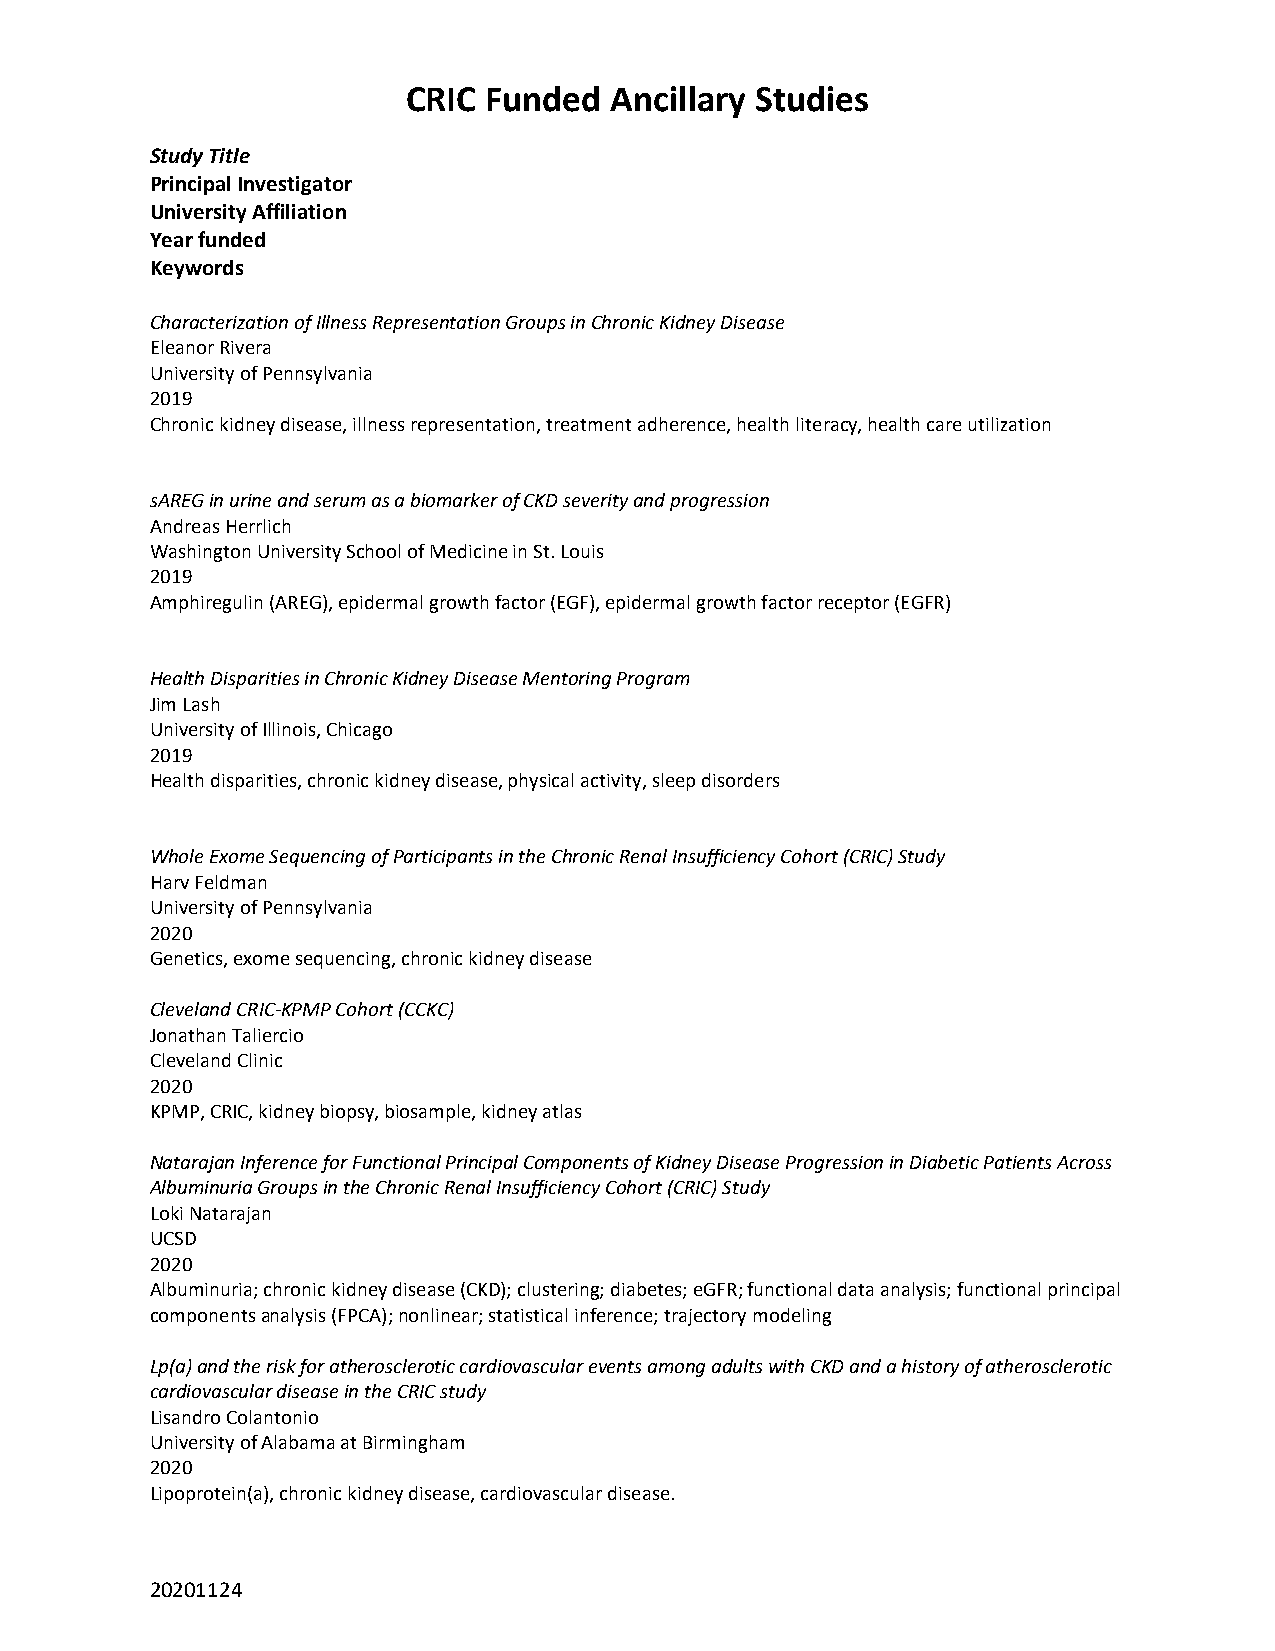
CRIC Funded  Ancillary Studies
 Study Title
 Principal Investigator
 University Affiliation
 Year funded
 Keywords
 Characterization of Illness Representation Groups in Chronic Kidney Disease
 Eleanor Rivera
 University of Pennsylvania
 2019
 Chronic kidney disease, illness representation, treatment adherence, health literacy, health care utilization
 sAREG in urine and serum as a biomarker of CKD severity and progression
 Andreas Herrlich
 Washington University School of Medicine in St. Louis
 2019
 Amphiregulin (AREG), epidermal growth factor (EGF), epidermal growth factor receptor (EGFR)
 Health Disparities in Chronic Kidney Disease Mentoring Program
 Jim Lash
 University of Illinois, Chicago
 2019
 Health disparities, chronic kidney disease, physical activity, sleep disorders
 Whole Exome Sequencing of Participants in the Chronic Renal Insufficiency Cohort (CRIC) Study
 Harv Feldman
 University of Pennsylvania
 2020
 Genetics, exome sequencing, chronic kidney disease
 Cleveland CRIC-KPMP Cohort (CCKC)
 Jonathan Taliercio
 Cleveland Clinic
 2020
 KPMP, CRIC, kidney biopsy, biosample, kidney atlas
 Natarajan Inference for Functional Principal Components of Kidney Disease Progression in Diabetic Patients Across
 Albuminuria Groups in the Chronic Renal Insufficiency Cohort (CRIC) Study
 Loki Natarajan
 UCSD
 2020
 Albuminuria; chronic kidney disease (CKD); clustering; diabetes; eGFR; functional data analysis; functional principal
 components analysis (FPCA); nonlinear; statistical inference; trajectory modeling
 Lp(a) and the risk for atherosclerotic cardiovascular events among adults with CKD and a history of atherosclerotic
 cardiovascular disease in the CRIC study
 Lisandro Colantonio
 University of Alabama at Birmingham
 2020
 Lipoprotein(a), chronic kidney disease, cardiovascular disease.
 20201124